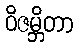
ဝိဇမ္ဘိတာ